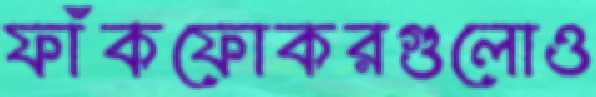
ফাঁকফোকরগুলোও